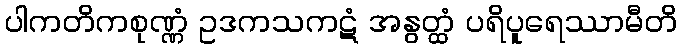
ပါကတိကစုဏ္ဏံ ဥဒကသကဋံ အနွတ္ထံ ပရိပူရေဿာမီတိ